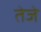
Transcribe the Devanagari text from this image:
तेजे